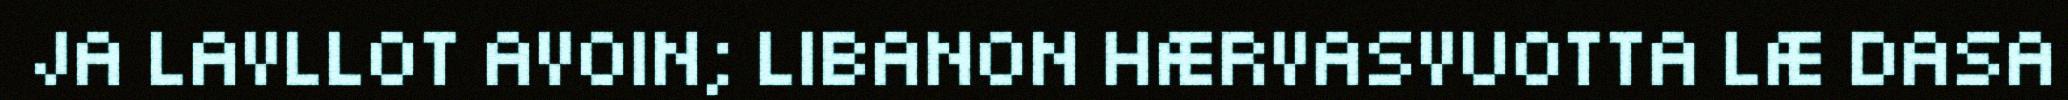
JA LAVLLOT AVOIN; LIBANON HÆRVASVUOTTA LÆ DASA